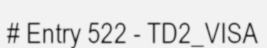
# Entry 522 - TD2_VISA